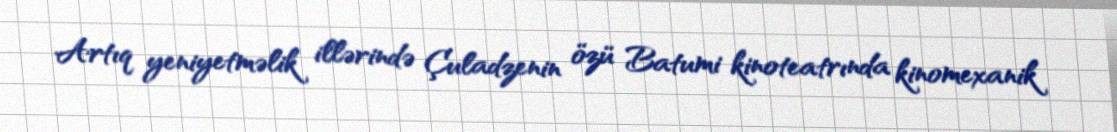
Artıq yeniyetməlik illərində Çuladzenin özü Batumi kinoteatrında kinomexanik